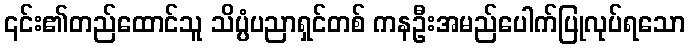
၎င်း၏တည်ထောင်သူ သိပ္ပံပညာရှင်တစ် ကနဦးအမည်ပေါက်ပြုလုပ်ရသော